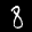
Label: 8